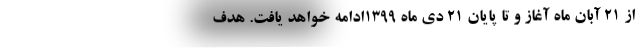
از 21 آبان ماه آغاز و تا پایان 21 دی ماه 1399ادامه خواهد یافت. هدف